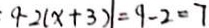
\cdot 9 - 2 ( x + 3 ) \vert = 9 - 2 = 7